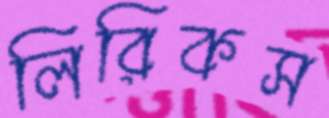
লিরিকস